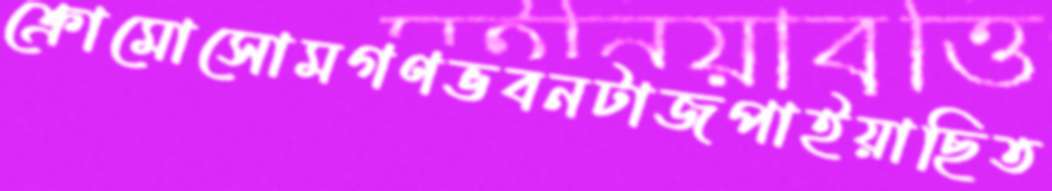
ক্রোমোসোমগণভবনটাজপাইয়াছিত